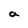
Character: a